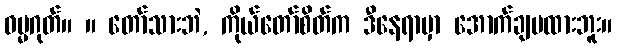
ဓမ္မဂုတ်။ ။ တော်သားဘဲ, ကိုယ်တော်စိတ်က ဒီနေရာမှာ အောက်ချမထားဘူး။